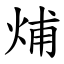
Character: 烳